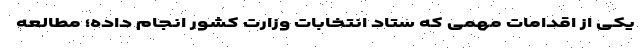
یکی از اقدامات مهمی که ستاد انتخابات وزارت کشور انجام داده؛ مطالعه